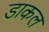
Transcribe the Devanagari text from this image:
डाकल